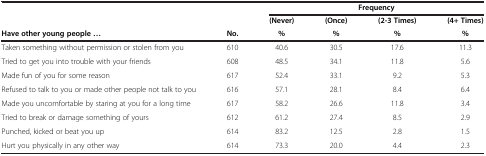
<table><thead><tr><td><b> </b></td><td><b> </b></td><td colspan="4"><b>Frequency</b></td></tr><tr><td><b> </b></td><td><b> </b></td><td><b>(Never)</b></td><td><b>(Once)</b></td><td><b>(2-3 Times)</b></td><td><b>(4+ Times)</b></td></tr><tr><td><b>Have other young people ...</b></td><td><b>No.</b></td><td><b>%</b></td><td><b>%</b></td><td><b>%</b></td><td><b>%</b></td></tr></thead><tbody><tr><td>Taken something without permission or stolen from you</td><td>610</td><td>40.6</td><td>30.5</td><td>17.6</td><td>11.3</td></tr><tr><td>Tried to get you into trouble with your friends</td><td>608</td><td>48.5</td><td>34.1</td><td>11.8</td><td>5.6</td></tr><tr><td>Made fun of you for some reason</td><td>617</td><td>52.4</td><td>33.1</td><td>9.2</td><td>5.3</td></tr><tr><td>Refused to talk to you or made other people not talk to you</td><td>616</td><td>57.1</td><td>28.1</td><td>8.4</td><td>6.4</td></tr><tr><td>Made you uncomfortable by staring at you for a long time</td><td>617</td><td>58.2</td><td>26.6</td><td>11.8</td><td>3.4</td></tr><tr><td>Tried to break or damage something of yours</td><td>612</td><td>61.2</td><td>27.4</td><td>8.5</td><td>2.9</td></tr><tr><td>Punched, kicked or beat you up</td><td>614</td><td>83.2</td><td>12.5</td><td>2.8</td><td>1.5</td></tr><tr><td>Hurt you physically in any other way</td><td>614</td><td>73.3</td><td>20.0</td><td>4.4</td><td>2.3</td></tr></tbody></table>